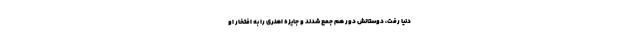
دنیا رفت، دوستانش دور هم جمع شدند و جایزه اُهنری را به افتخار او